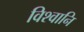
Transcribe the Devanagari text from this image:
विश्वानि